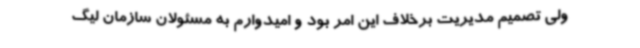
ولی تصمیم مدیریت برخلاف این امر بود و امیدوارم به مسئولان سازمان لیگ